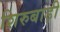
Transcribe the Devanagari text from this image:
शिरुबाड़ी